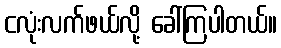
ငလုံးလက်ဖယ်လို့ ခေါ်ကြပါတယ်။